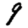
Digit: 9